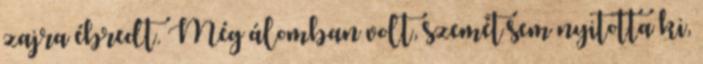
zajra ébredt. Még álomban volt, szemét sem nyitotta ki,